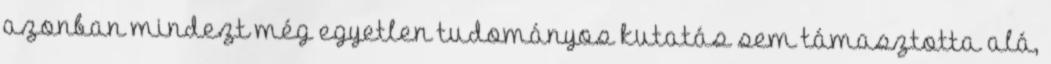
azonban mindezt még egyetlen tudományos kutatás sem támasztotta alá,